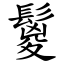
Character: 鬉